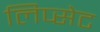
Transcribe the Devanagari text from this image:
लिप्सेट